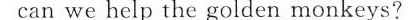
can we help the golden monkeys?